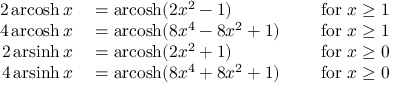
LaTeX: \begin{array} { r l r } { 2 \operatorname { a r c o s h } x } & { { } = \operatorname { a r c o s h } ( 2 x ^ { 2 } - 1 ) } & { \quad { \mathrm { ~ f o r ~ } } x \geq 1 } \\ { 4 \operatorname { a r c o s h } x } & { { } = \operatorname { a r c o s h } ( 8 x ^ { 4 } - 8 x ^ { 2 } + 1 ) } & { \quad { \mathrm { ~ f o r ~ } } x \geq 1 } \\ { 2 \operatorname { a r s i n h } x } & { { } = \operatorname { a r c o s h } ( 2 x ^ { 2 } + 1 ) } & { \quad { \mathrm { ~ f o r ~ } } x \geq 0 } \\ { 4 \operatorname { a r s i n h } x } & { { } = \operatorname { a r c o s h } ( 8 x ^ { 4 } + 8 x ^ { 2 } + 1 ) } & { \quad { \mathrm { ~ f o r ~ } } x \geq 0 } \end{array}